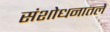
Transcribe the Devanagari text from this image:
संशोधनातले